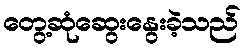
တွေ့ဆုံဆွေးနွေးခဲ့သည်